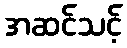
အဆင်သင့်